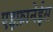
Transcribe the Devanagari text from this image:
एइफ़ानेईस